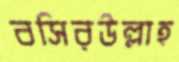
বসিরউল্লাহ